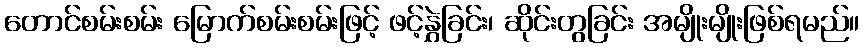
တောင်စမ်းစမ်း မြောက်စမ်းစမ်းဖြင့် ဖင့်နွှဲခြင်း၊ ဆိုင်းတွခြင်း အမျိုးမျိုးဖြစ်ရမည်။